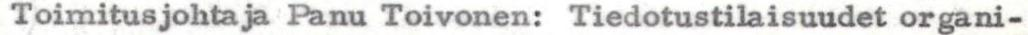
Toimitusjohtaja Panu Toivonen: Tiedotustilaisuudet organi-